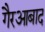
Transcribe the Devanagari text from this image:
गैरआबाद